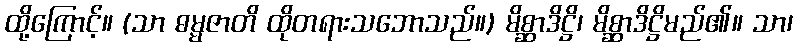
ထို့ကြောင့်။ (သာ ဓမ္မဇာတိ ထိုတရားသဘောသည်။) မိစ္ဆာဒိဋ္ဌိ၊ မိစ္ဆာဒိဋ္ဌိမည်၏။ သာ၊